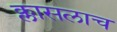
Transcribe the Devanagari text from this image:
क्लासलाच